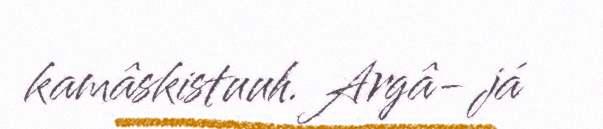
kamâskistuuh. Argâ- já